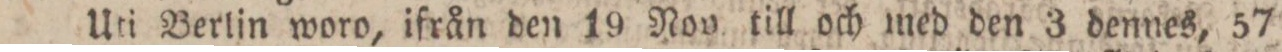
Uti Berlin woro, ifrån den 19 Nov till och med den 3 dennes, 57